画像に写った文字を読んでください
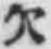
「欠」と書いてあります